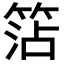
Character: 𥮒